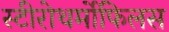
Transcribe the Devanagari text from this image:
स्टीरोथर्मोफिलस